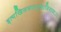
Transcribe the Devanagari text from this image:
इत्यखिलसारगुणाभिरामः।।